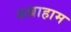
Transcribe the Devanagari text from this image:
अब्राहाम